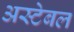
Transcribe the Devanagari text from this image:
अस्टेबल